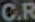
C.R